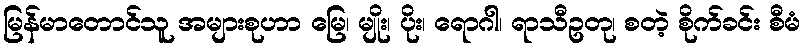
မြန်မာတောင်သူ အများစုဟာ မြေ၊ မျိုး၊ ပိုး၊ ရောဂါ၊ ရာသီဥတု၊ စတဲ့ စိုက်ခင်း စီမံ